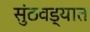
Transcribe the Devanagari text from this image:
सुंठवड्यात